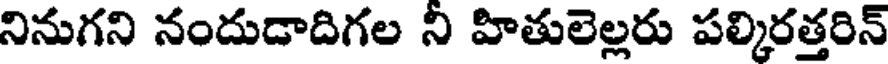
నినుగని నందుడాదిగల ని హితులెల్లరు పల్కిరత్తరిన్